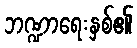
ဘဏ္ဍာရေးနှစ်၏